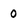
Character: 0